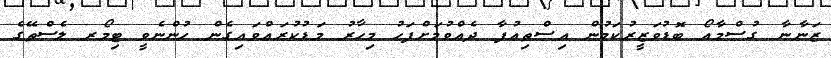
ޒަނާނާ ގުސްމާއޯ ބޮޑުވަޒީރުކަމުން އިސްތިއުފާ ދެއްވުމަށްފަހު މިހާރު މަޑުކުރައްވައިގެން ހުންނެވީ ޓިމޯރ ލެސްތޭގެ